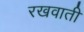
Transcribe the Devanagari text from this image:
रखवाती